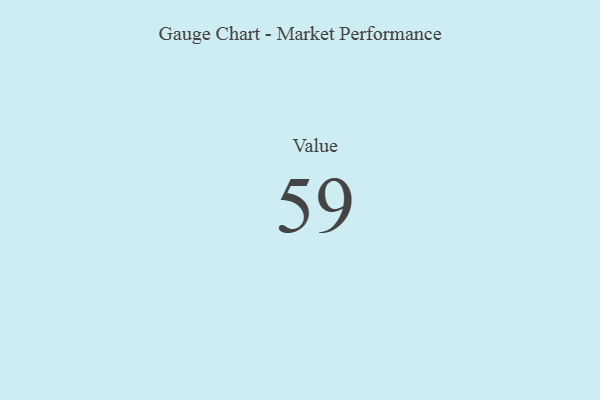
{"axis": {"x": "Metric", "y": "Value"}, "legend": [""], "data": [{"x": "Value", "y": 59, "type": ""}]}